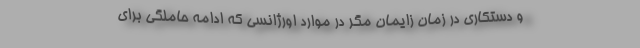
و دستکاری در زمان زایمان مگر در موارد اورژانسی که ادامه حاملگی برای